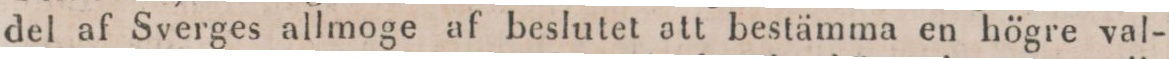
del af Sverges allmoge af beslutet att bestämma en högre val-